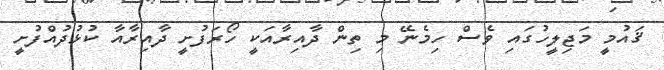
ޤައުމީ މަޖިލީހުގައި ވެސް ހިމެނޭ މި ތިން ދާއިރާއަކީ ހޯރަފުށީ ދާއިރާއާ ކުޅުދުއްފުށީ